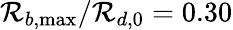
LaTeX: \mathcal{R}_{b,\operatorname*{max}}/\mathcal{R}_{d,0}=0.30